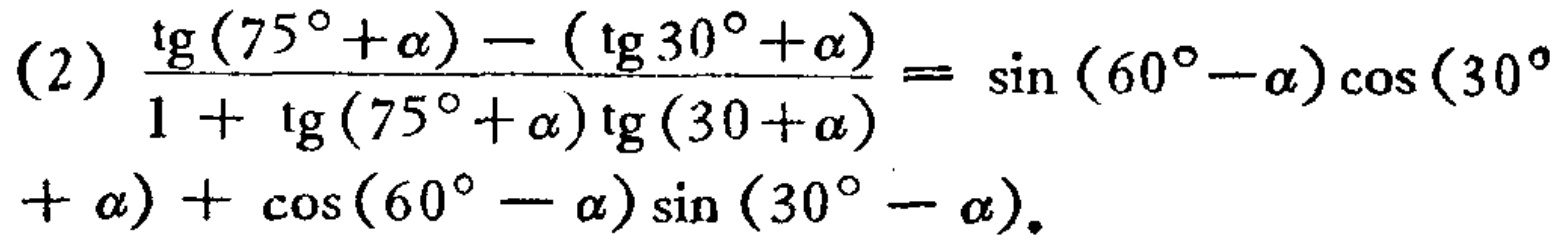
(2) \(\frac{\text{tg}(75^{\circ}+\alpha)-(\text{tg}30^{\circ}+\alpha)}{1 + \text{tg}(75^{\circ}+\alpha)\text{tg}(30+\alpha)}= \sin(60^{\circ}-\alpha)\cos(30^{\circ}+\alpha)+\cos(60^{\circ}-\alpha)\sin(30^{\circ}-\alpha)\)